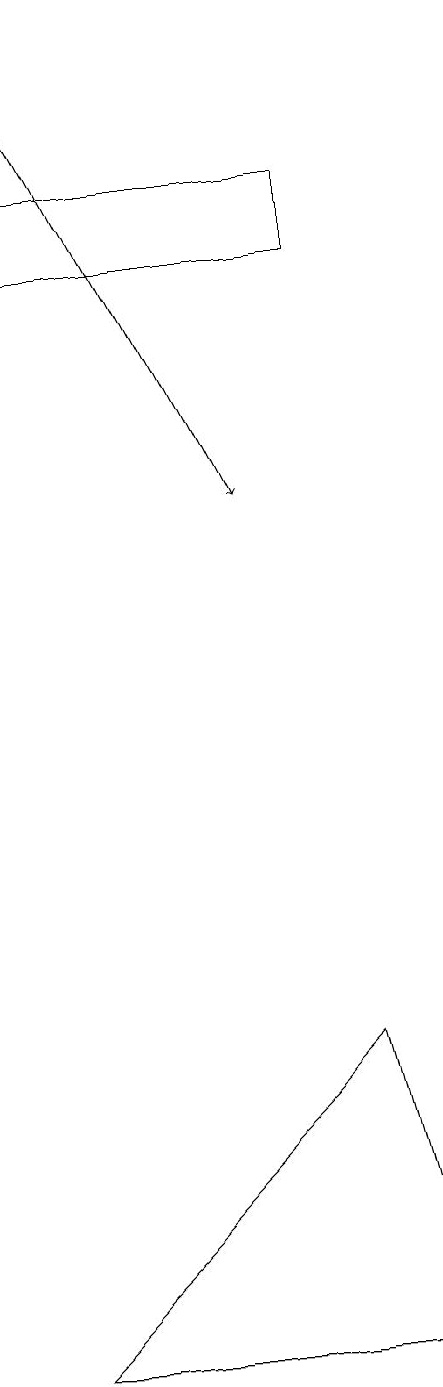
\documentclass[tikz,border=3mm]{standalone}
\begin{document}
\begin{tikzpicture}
\draw (3,0) -- (7,4) -- (8,0) -- cycle;
\draw (7,15) rectangle (3,14);
\draw[->] (3,17) -- (6,11);
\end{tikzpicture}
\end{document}